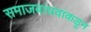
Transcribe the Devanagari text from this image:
समाजबांधवांकडून